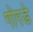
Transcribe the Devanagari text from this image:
गोरडे